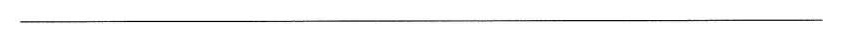
___